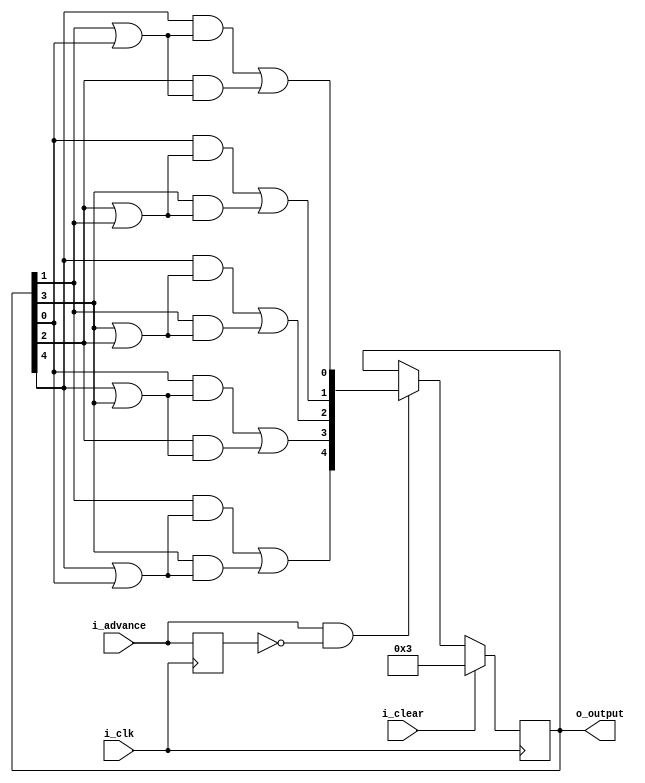
// "2 of 5" decade counter.
// based on sequence from pdf page 100
// of Y24-3503-0_2821_Field_Engineering_Maintenance_Diagrams_Dec68.pdf
// {a,b,c,d,e}:
//	10010	1	01100	6
//	10001	2	01010	7
//	01001	3	00110	8
//	11000	4	00101	9
//	10100	5	00011	0
// also on pdf page 98 (and many other places); observe the pentagram
//	"buffer ring stepping sequence".
//	vertices A B C D E mark 1 bits; connecting lines between any
//	two labelled with 0-9 indicating corresponding values.
// also on pdf page 126 top left corner observe table w/ cols "pos" "2/5"
//	(turned 90 degrees clockwise)
// one "set" input; i_clear sets to value "0" (00011).
`default_nettype   none
module decade12(i_clk,
	i_clear,
	i_advance,
	o_output);

input wire i_clk;
input wire i_clear;
input wire i_advance;

output reg [4:0] o_output;

reg last_advance;
wire [4:0] next_output;
wire a,b,c,d,e;
wire [4:0] out_plus_1;

assign {a,b,c,d,e} = o_output;
assign out_plus_1 = {
	d & (a | e) | b & (a | e),
	e & (a | b) | c & (a | b),
	a & (b | c) | d & (b | c),
	e & (c | d) | b & (c | d),
	a & (d | e) | c & (d | e)
};

assign next_output = i_clear ? 5'b11 :
	(i_advance & ~last_advance) ? out_plus_1 :
	o_output;

always @(posedge i_clk) begin
	last_advance <= i_advance;
	o_output <= next_output;
end

endmodule